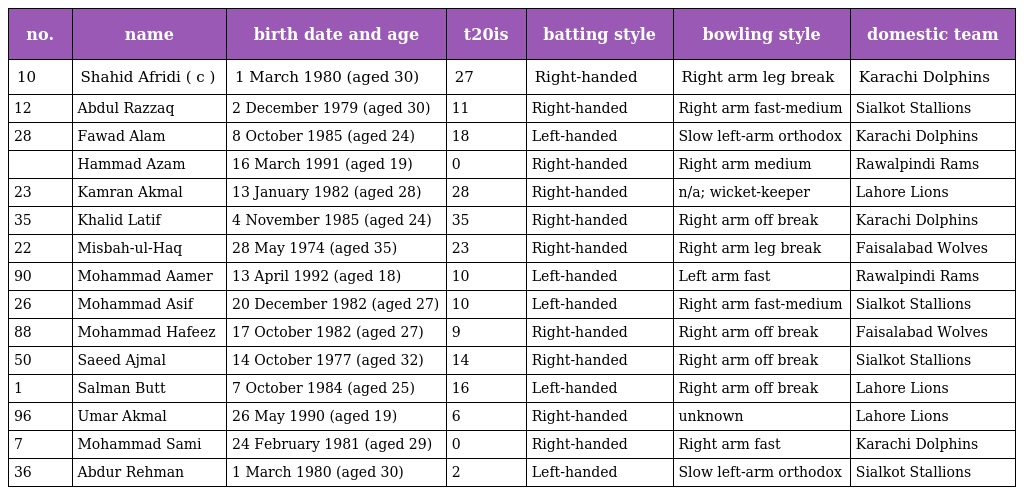
| no. | name | birth date and age | t20is | batting style | bowling style | domestic team |
 | --- | --- | --- | --- | --- | --- | --- |
 | 10 | Shahid Afridi ( c ) | 1 March 1980 (aged 30) | 27 | Right-handed | Right arm leg break | Karachi Dolphins |
 | 12 | Abdul Razzaq | 2 December 1979 (aged 30) | 11 | Right-handed | Right arm fast-medium | Sialkot Stallions |
 | 28 | Fawad Alam | 8 October 1985 (aged 24) | 18 | Left-handed | Slow left-arm orthodox | Karachi Dolphins |
 |  | Hammad Azam | 16 March 1991 (aged 19) | 0 | Right-handed | Right arm medium | Rawalpindi Rams |
 | 23 | Kamran Akmal | 13 January 1982 (aged 28) | 28 | Right-handed | n/a; wicket-keeper | Lahore Lions |
 | 35 | Khalid Latif | 4 November 1985 (aged 24) | 35 | Right-handed | Right arm off break | Karachi Dolphins |
 | 22 | Misbah-ul-Haq | 28 May 1974 (aged 35) | 23 | Right-handed | Right arm leg break | Faisalabad Wolves |
 | 90 | Mohammad Aamer | 13 April 1992 (aged 18) | 10 | Left-handed | Left arm fast | Rawalpindi Rams |
 | 26 | Mohammad Asif | 20 December 1982 (aged 27) | 10 | Left-handed | Right arm fast-medium | Sialkot Stallions |
 | 88 | Mohammad Hafeez | 17 October 1982 (aged 27) | 9 | Right-handed | Right arm off break | Faisalabad Wolves |
 | 50 | Saeed Ajmal | 14 October 1977 (aged 32) | 14 | Right-handed | Right arm off break | Sialkot Stallions |
 | 1 | Salman Butt | 7 October 1984 (aged 25) | 16 | Left-handed | Right arm off break | Lahore Lions |
 | 96 | Umar Akmal | 26 May 1990 (aged 19) | 6 | Right-handed | unknown | Lahore Lions |
 | 7 | Mohammad Sami | 24 February 1981 (aged 29) | 0 | Right-handed | Right arm fast | Karachi Dolphins |
 | 36 | Abdur Rehman | 1 March 1980 (aged 30) | 2 | Left-handed | Slow left-arm orthodox | Sialkot Stallions |